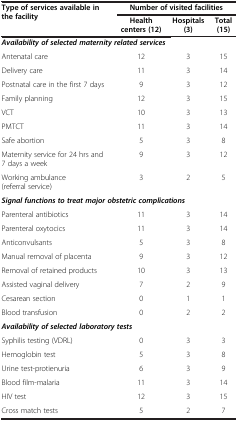
<table><thead><tr><td rowspan="2"><b>Type of services available in the facility</b></td><td colspan="3"><b>Number of visited facilities</b></td></tr><tr><td><b>Health centers (12)</b></td><td><b>Hospitals (3)</b></td><td><b>Total (15)</b></td></tr></thead><tbody><tr><td colspan="4"><b><i>Availability of selected maternity related services</i></b></td></tr><tr><td>Antenatal care</td><td>12</td><td>3</td><td>15</td></tr><tr><td>Delivery care</td><td>11</td><td>3</td><td>14</td></tr><tr><td>Postnatal care in the first 7 days</td><td>9</td><td>3</td><td>12</td></tr><tr><td>Family planning</td><td>12</td><td>3</td><td>15</td></tr><tr><td>VCT</td><td>10</td><td>3</td><td>13</td></tr><tr><td>PMTCT</td><td>11</td><td>3</td><td>14</td></tr><tr><td>Safe abortion</td><td>5</td><td>3</td><td>8</td></tr><tr><td>Maternity service for 24 hrs and 7 days a week</td><td>9</td><td>3</td><td>12</td></tr><tr><td>Working ambulance (referral service)</td><td>3</td><td>2</td><td>5</td></tr><tr><td colspan="4"><b><i>Signal functions to treat major obstetric complications</i></b></td></tr><tr><td>Parenteral antibiotics</td><td>11</td><td>3</td><td>14</td></tr><tr><td>Parenteral oxytocics</td><td>11</td><td>3</td><td>14</td></tr><tr><td>Anticonvulsants</td><td>5</td><td>3</td><td>8</td></tr><tr><td>Manual removal of placenta</td><td>9</td><td>3</td><td>12</td></tr><tr><td>Removal of retained products</td><td>10</td><td>3</td><td>13</td></tr><tr><td>Assisted vaginal delivery</td><td>7</td><td>2</td><td>9</td></tr><tr><td>Cesarean section</td><td>0</td><td>1</td><td>1</td></tr><tr><td>Blood transfusion</td><td>0</td><td>2</td><td>2</td></tr><tr><td colspan="4"><b><i>Availability of selected laboratory tests</i></b></td></tr><tr><td>Syphilis testing (VDRL)</td><td>0</td><td>3</td><td>3</td></tr><tr><td>Hemoglobin test</td><td>5</td><td>3</td><td>8</td></tr><tr><td>Urine test-protienuria</td><td>6</td><td>3</td><td>9</td></tr><tr><td>Blood film-malaria</td><td>11</td><td>3</td><td>14</td></tr><tr><td>HIV test</td><td>12</td><td>3</td><td>15</td></tr><tr><td>Cross match tests</td><td>5</td><td>2</td><td>7</td></tr></tbody></table>